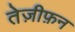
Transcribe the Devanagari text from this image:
तेज़ीफ़न